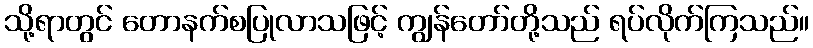
သို့ရာတွင် တောနက်စပြုလာသဖြင့် ကျွန်တော်တို့သည် ရပ်လိုက်ကြသည်။